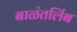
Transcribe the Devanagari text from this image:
बाळंतलिंब